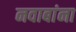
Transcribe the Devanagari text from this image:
नवाबांना